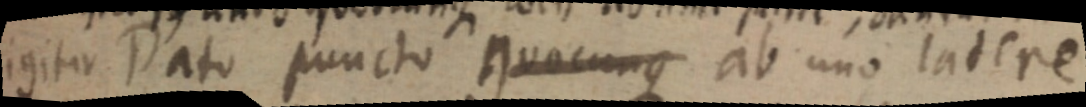
igitur Dato puncto quocunque ab uno latere